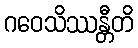
ဂဝေသိဿန္တီတိ